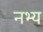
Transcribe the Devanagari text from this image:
नभ्य